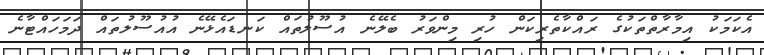
އެކަމަކު އިމާރާތްތަކުގެ ރައްކާތެރިކަން ހުރި މިންވަރު ބެލޭނެ އުސޫލުތައް ކަނޑައެޅޭނެ އުއުސޫލުތައް ދަމަހައްޓާނެ